Annual administration and progress report of the Indian Medical Department, Bombay
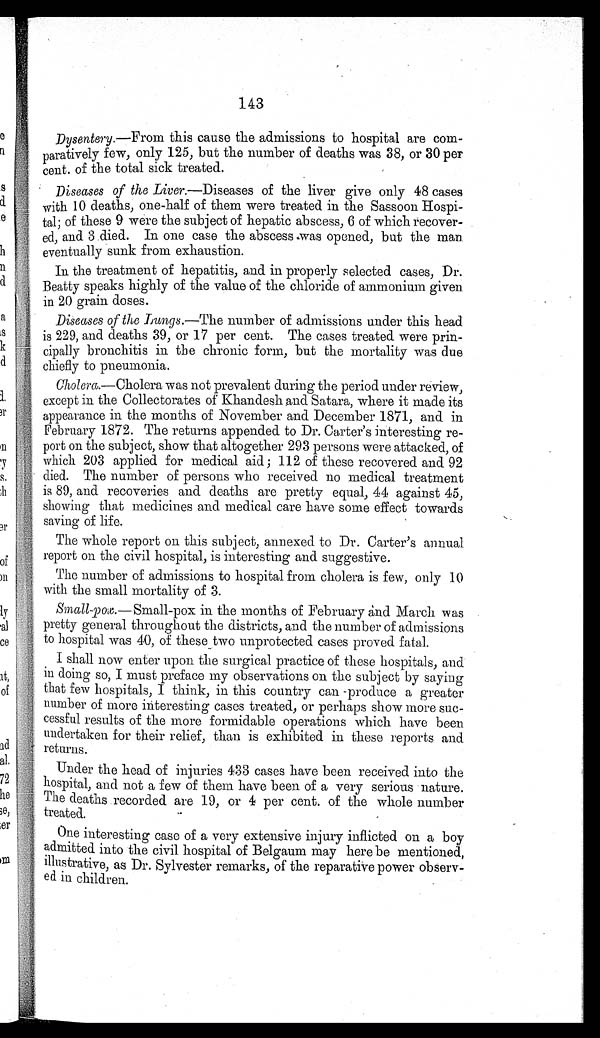
1 43
Dysentery.— From this cause the admissions to hospital are com-
p a r a ' t i v e l y f e w , o n l y 1 2 5 , b u t t h e n u m b e r o f d e a t h s w a s 3 8 , o r 3 0 p e r
cent. of the total sick treated.
Diseases of the Liver.—Diseases of the liver give only 48 cases
with 10 deaths, one-half of them were treated in the Sassoon Hospi-
tal; of these 9 were the subject of hepatic abscess, 6 of which recover-
ed, and 3 .died. In one case the abscess.was opened, but the man.
eventually sunk from exhaustion.
In the treatment of hepatitis, and in properly selected cases, Dr.
Beatty speaks highly of the value of the chloride of ammonium given
in 20 grain doses.
Diseases of the Lungs .—The number of admissions under this head
is 229, and deaths 39, or 17 per cent. The cases treated were prin-
cipally bronchitis in the chronic form, but the mortality was due
chiefly to pneumonia.
Cholera.—Cholera was not prevalent during the period under review,
except in the Collectorates of Khandesh and Satara, where it made its
appearance in the months of November and December 1871, and in
February 1872. The returns appended to Dr, Carter's interesting re-
port on the subject, show that altogether 293 persons were attacked, of
which 203 applied for medical aid ; 112 of these recovered and 92
died. The number of persons who received no medical treatment
is 89, and recoveries and deaths are pretty equal, 44 against 45,
showing that medicines and medical care have some effect towards
saving of life.
The whole report on this subject, annexed to Dr. Carter's annual
report on the civil hospital, is interesting and suggestive.
The number of admissions to hospital from cholera is few, only 10
with the small mortality of 3.
Small- pox.— Small-pox in the months of February a'nd March was
pretty general throughout the districts, and the number of admissions
to hospital was 40, of these two unprotected cases proved fatal.
I shall now enter upon the surgical practice of these hospitals, and
in doing so, I must preface my observations on the subject by saying
that few hospitals, I think, in this country can -produce a greater
number of more interesting cases treated, or perhaps show more suc-
cessful results of the more formidable operations which have been
undertaken for their relief, than is exhibited in these reports and
returns.
Under the head of injuries 433 cases have been received into the
hospital, and not a few of them have been of a very serious nature.
The deaths recorded are 19, or 4 per cent. of the whole number
treated.
One interesting case of a very extensive injury inflicted on a boy
admitted into the civil hospital of Belgaum may here be mentioned,
i llustrative, as Dr. Sylvester remarks, of the reparative power observ -
ed in children.